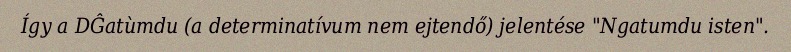
Így a DĜatùmdu (a determinatívum nem ejtendő) jelentése "Ngatumdu isten".